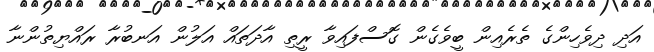
އަދި ދިވެހިންގެ ތެރެއިން ބީވެގެން ގޮސްފައިވާ ރީތި އާދަތައް އަލުން އަނބުރާ ރައްޔިތުންނާ